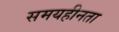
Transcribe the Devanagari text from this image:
समयहीनता